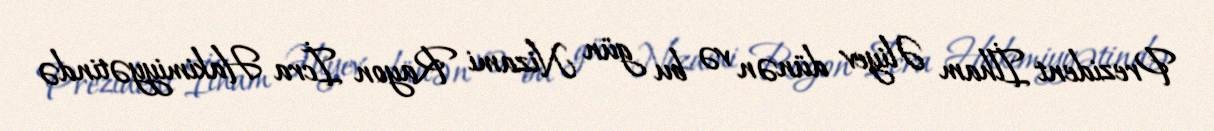
Prezident İlham Əliyev dünən və bu gün Nizami Rayon İcra Hakimiyyətində